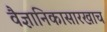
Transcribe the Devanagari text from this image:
वैज्ञानिकासारखाच